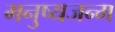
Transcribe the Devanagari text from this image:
मनुष्यजन्म